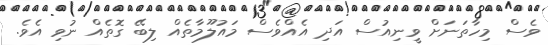
ވެސް މިހާތަނަށް ވީނިއުސް އަދި އެއްވެސް މައުލޫމާތެއް ލިބޭ ގޮތެއް ނުވި އެވެ.